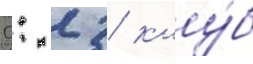
0: 2 / клу́б